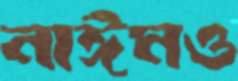
নাঈমও